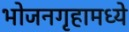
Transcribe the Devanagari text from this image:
भोजनगृहामध्ये